On a parasite found in persons suffering from enlargement of the spleen in India, second report - Number 11
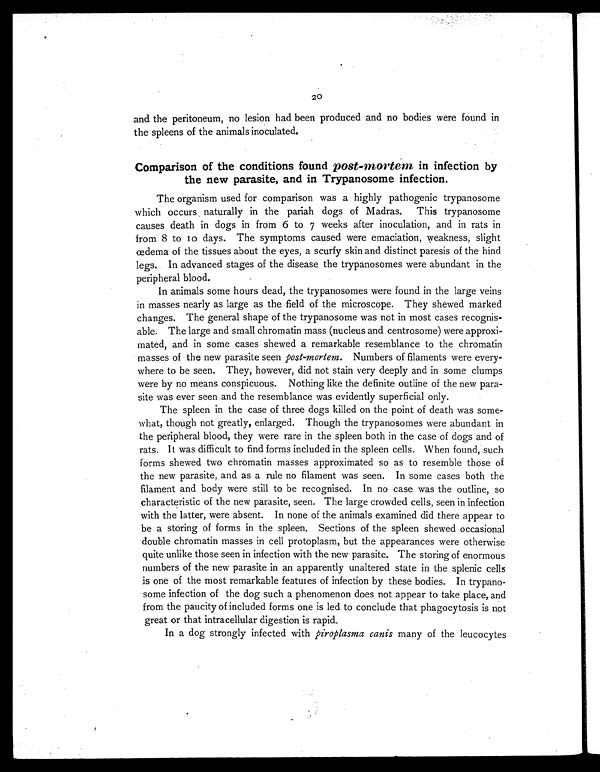
20
and the peritoneum, no lesion had been produced and no bodies were found in
the spleens of the animals inoculated.
Comparison of the conditions found post-mortem in infection by
the new parasite, and in Trypanosome infection.
The organism used for comparison was a highly pathogenic trypanosome
which occurs naturally in the pariah dogs of Madras. This trypanosome
causes death in dogs in from 6 to 7 weeks after inoculation, and in rats in
from 8 to 10 days. The symptoms caused were emaciation, weakness, slight
œdema of the tissues about the eyes, a scurfy skin and distinct paresis of the hind
legs. In advanced stages of the disease the trypanosomes were abundant in the
peripheral blood.
In animals some hours dead, the trypanosomes were found in the large veins
in masses nearly as large as the field of the microscope. They shewed marked
changes. The general shape of the trypanosome was not in most cases recognis-
able. The large and small chromatin mass (nucleus and centrosome) were approxi-
mated, and in some cases shewed a remarkable resemblance to the chromatin
masses of the new parasite seen post-mortem. Numbers of filaments were every-
where to be seen. They, however, did not stain very deeply and in some clumps
were by no means conspicuous. Nothing like the definite outline of the new para-
site was ever seen and the resemblance was evidently superficial only.
The spleen in the case of three dogs killed on the point of death was some-
what, though not greatly, enlarged. Though the trypanosomes were abundant in
the peripheral blood, they were rare in the spleen both in the case of dogs and of
rats. It was difficult to find forms included in the spleen cells. When found, such
forms shewed two chromatin masses approximated so as to resemble those of
the new parasite, and as a rule no filament was seen. In some cases both the
filament and body were still to be recognised. In no case was the outline, so
characteristic of the new parasite, seen. The large crowded cells, seen in infection
with the latter, were absent. In none of the animals examined did there appear to
be a storing of forms in the spleen. Sections of the spleen shewed occasional
double chromatin masses in cell protoplasm, but the appearances were otherwise
quite unlike those seen in infection with the new parasite. The storing of enormous
numbers of the new parasite in an apparently unaltered state in the splenic cells
is one of the most remarkable features of infection by these bodies. In trypano-
some infection of the dog such a phenomenon does not appear to take place, and
from the paucity of included forms one is led to conclude that phagocytosis is not
great or that intracellular digestion is rapid.
In a dog strongly infected with piroplasma canis many of the leucocytes